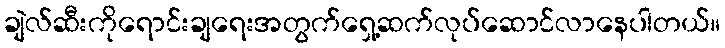
ချဲလ်ဆီးကိုရောင်းချရေးအတွက်ရှေ့ဆက်လုပ်ဆောင်လာနေပါတယ်။